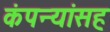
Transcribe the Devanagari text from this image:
कंपन्यांसह